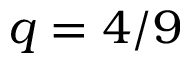
q = 4 / 9